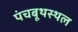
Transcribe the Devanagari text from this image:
पंचबूथस्थल